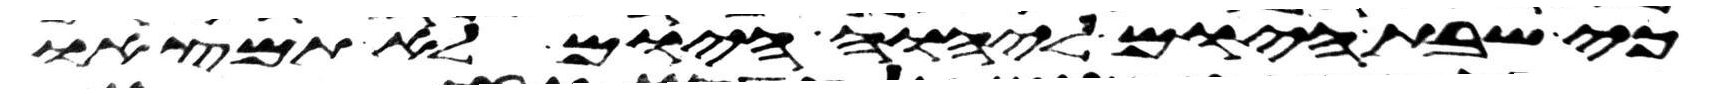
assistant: כי שבת היום ליהוה היום לא תמצאו